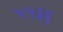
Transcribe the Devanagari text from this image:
५५३६